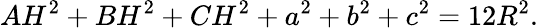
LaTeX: AH^{2}+BH^{2}+CH^{2}+a^{2}+b^{2}+c^{2}=12R^{2}.